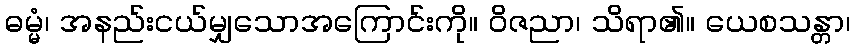
ဓမ္မံ၊ အနည်းငယ်မျှသောအကြောင်းကို။ ဝိဇညာ၊ သိရာ၏။ ယေစသန္တာ၊